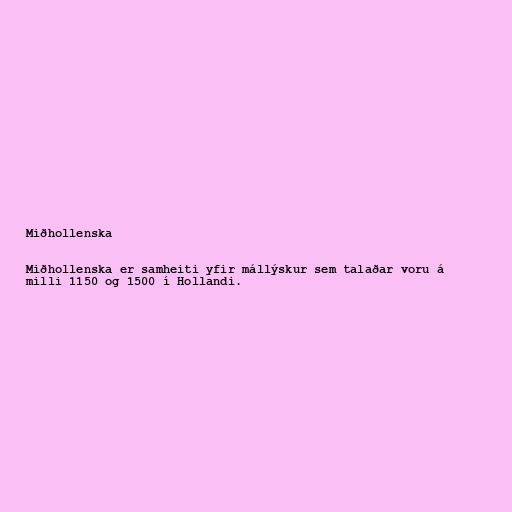
Miðhollenska

Miðhollenska er samheiti yfir mállýskur sem talaðar voru á
milli 1150 og 1500 í Hollandi.